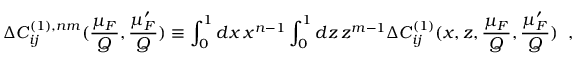
\Delta C _ { i j } ^ { ( 1 ) , n m } ( \frac { \mu _ { F } } { Q } , \frac { \mu _ { F } ^ { \prime } } { Q } ) \equiv \int _ { 0 } ^ { 1 } d x \, x ^ { n - 1 } \int _ { 0 } ^ { 1 } d z \, z ^ { m - 1 } \Delta C _ { i j } ^ { ( 1 ) } ( x , z , \frac { \mu _ { F } } { Q } , \frac { \mu _ { F } ^ { \prime } } { Q } ) \; \; ,